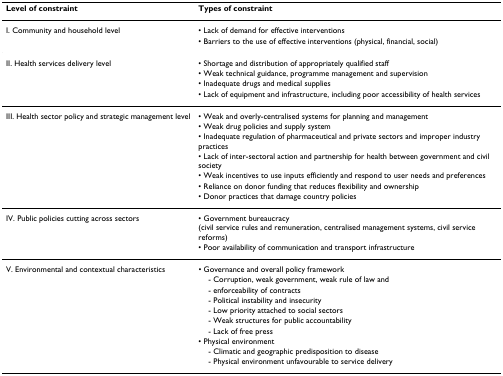
| Level of constraint | Types of constraint |
 | --- | --- |
 | I. Community and household level | • Lack of demand for effective interventions |
 |  | • Barriers to the use of effective interventions (physical, financial, social) |
 | II. Health services delivery level | • Shortage and distribution of appropriately qualified staff |
 |  | • Weak technical guidance, programme management and supervision |
 |  | • Inadequate drugs and medical supplies |
 |  | • Lack of equipment and infrastructure, including poor accessibility of health services |
 | III. Health sector policy and strategic management level | • Weak and overly-centralised systems for planning and management |
 |  | • Weak drug policies and supply system |
 |  | • Inadequate regulation of pharmaceutical and private sectors and improper industry practices |
 |  | • Lack of inter-sectoral action and partnership for health between government and civil society |
 |  | • Weak incentives to use inputs efficiently and respond to user needs and preferences |
 |  | • Reliance on donor funding that reduces flexibility and ownership |
 |  | • Donor practices that damage country policies |
 | IV. Public policies cutting across sectors | • Government bureaucracy (civil service rules and remuneration, centralised management systems, civil service reforms) |
 |  | • Poor availability of communication and transport infrastructure |
 | V. Environmental and contextual characteristics | • Governance and overall policy framework |
 |  | - Corruption, weak government, weak rule of law and |
 |  | - enforceability of contracts |
 |  | - Political instability and insecurity |
 |  | - Low priority attached to social sectors |
 |  | - Weak structures for public accountability |
 |  | - Lack of free press |
 |  | • Physical environment |
 |  | - Climatic and geographic predisposition to disease |
 |  | - Physical environment unfavourable to service delivery |